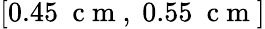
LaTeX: [0.45~\mathrm{~c~m~},~0.55~\mathrm{~c~m~}]